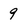
Character: 9